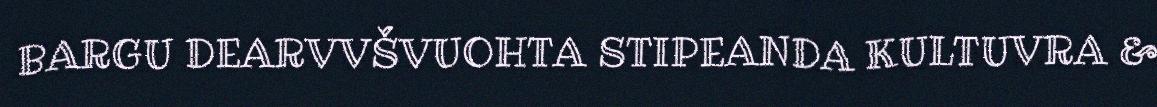
BARGU DEARVVŠVUOHTA STIPEANDA KULTUVRA &